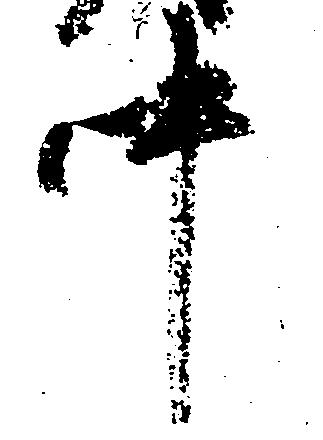
中